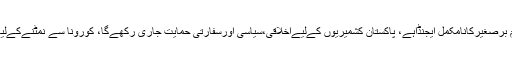
وزیراعظم کا کہنا تھا کہ مسئلہ کشمیر،تقسیم برصغیرکانامکمل ایجنڈاہے، پاکستان کشمیریوں کےلیےاخلاقی،سیاسی اورسفارتی حمایت جاری رکھےگا، کورونا سے نمٹنےکےلیےقوم میں اتحاداورنظم وضبط ضروری ہے۔